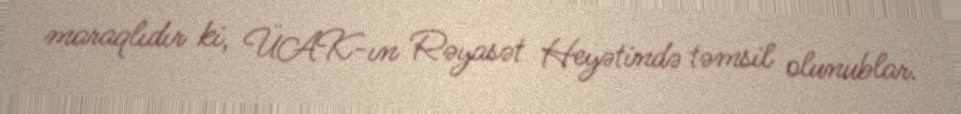
maraqlıdır ki, ÜAK-ın Rəyasət Heyətində təmsil olunublar.